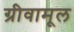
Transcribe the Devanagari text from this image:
ग्रीवामूल